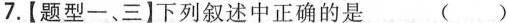
7.【题型一、三】下列叙述中正确的是 ( )